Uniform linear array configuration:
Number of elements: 64
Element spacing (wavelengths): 0.75
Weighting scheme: cosine
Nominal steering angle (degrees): -15
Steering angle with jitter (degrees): -15.852
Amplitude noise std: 0.05
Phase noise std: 0.05

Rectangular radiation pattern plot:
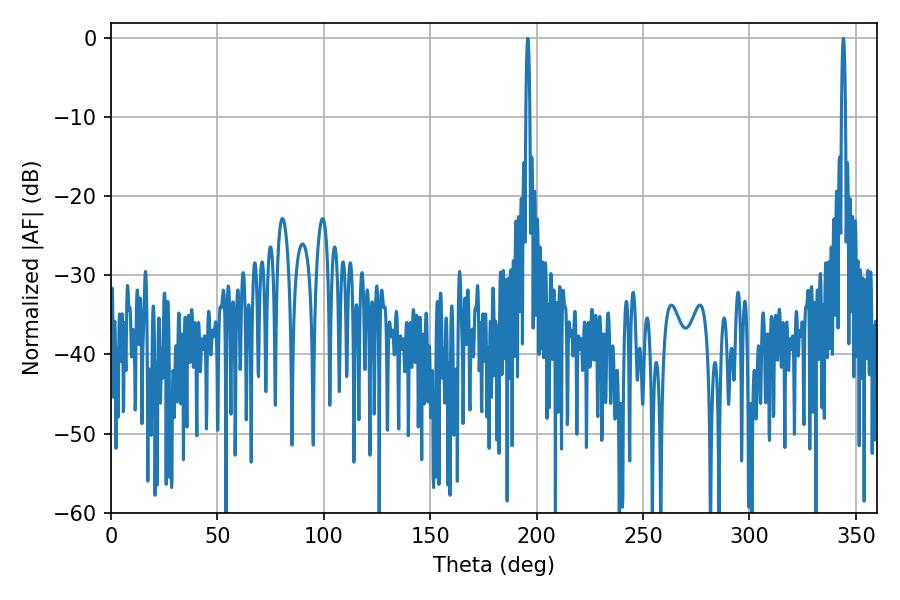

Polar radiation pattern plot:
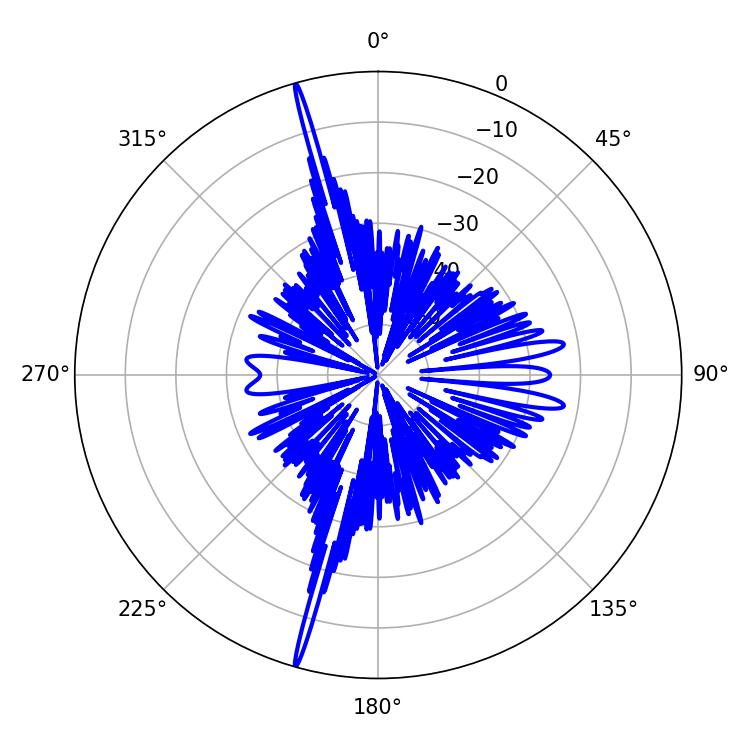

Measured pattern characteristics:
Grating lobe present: TRUE
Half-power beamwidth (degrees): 1.08
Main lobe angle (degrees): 195.84